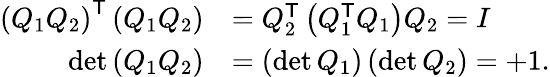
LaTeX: {\begin{array}{rl}{\left(Q_{1}Q_{2}\right)^{\mathsf{T}}\left(Q_{1}Q_{2}\right)}&{=Q_{2}^{\mathsf{T}}\left(Q_{1}^{\mathsf{T}}Q_{1}\right)Q_{2}=I}\\ {\operatorname*{det}\left(Q_{1}Q_{2}\right)}&{=\left(\operatorname*{det}Q_{1}\right)\left(\operatorname*{det}Q_{2}\right)=+1.}\end{array}}